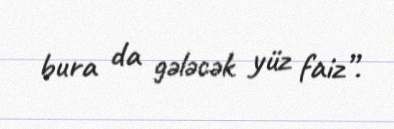
bura da gələcək yüz faiz”.